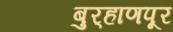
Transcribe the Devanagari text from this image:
बुर्‍हाणपूर